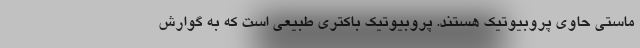
ماستی حاوی پروبیوتیک هستند. پروبیوتیک باکتری طبیعی است که به گوارش